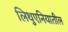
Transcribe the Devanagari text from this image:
लिथुएनियातील